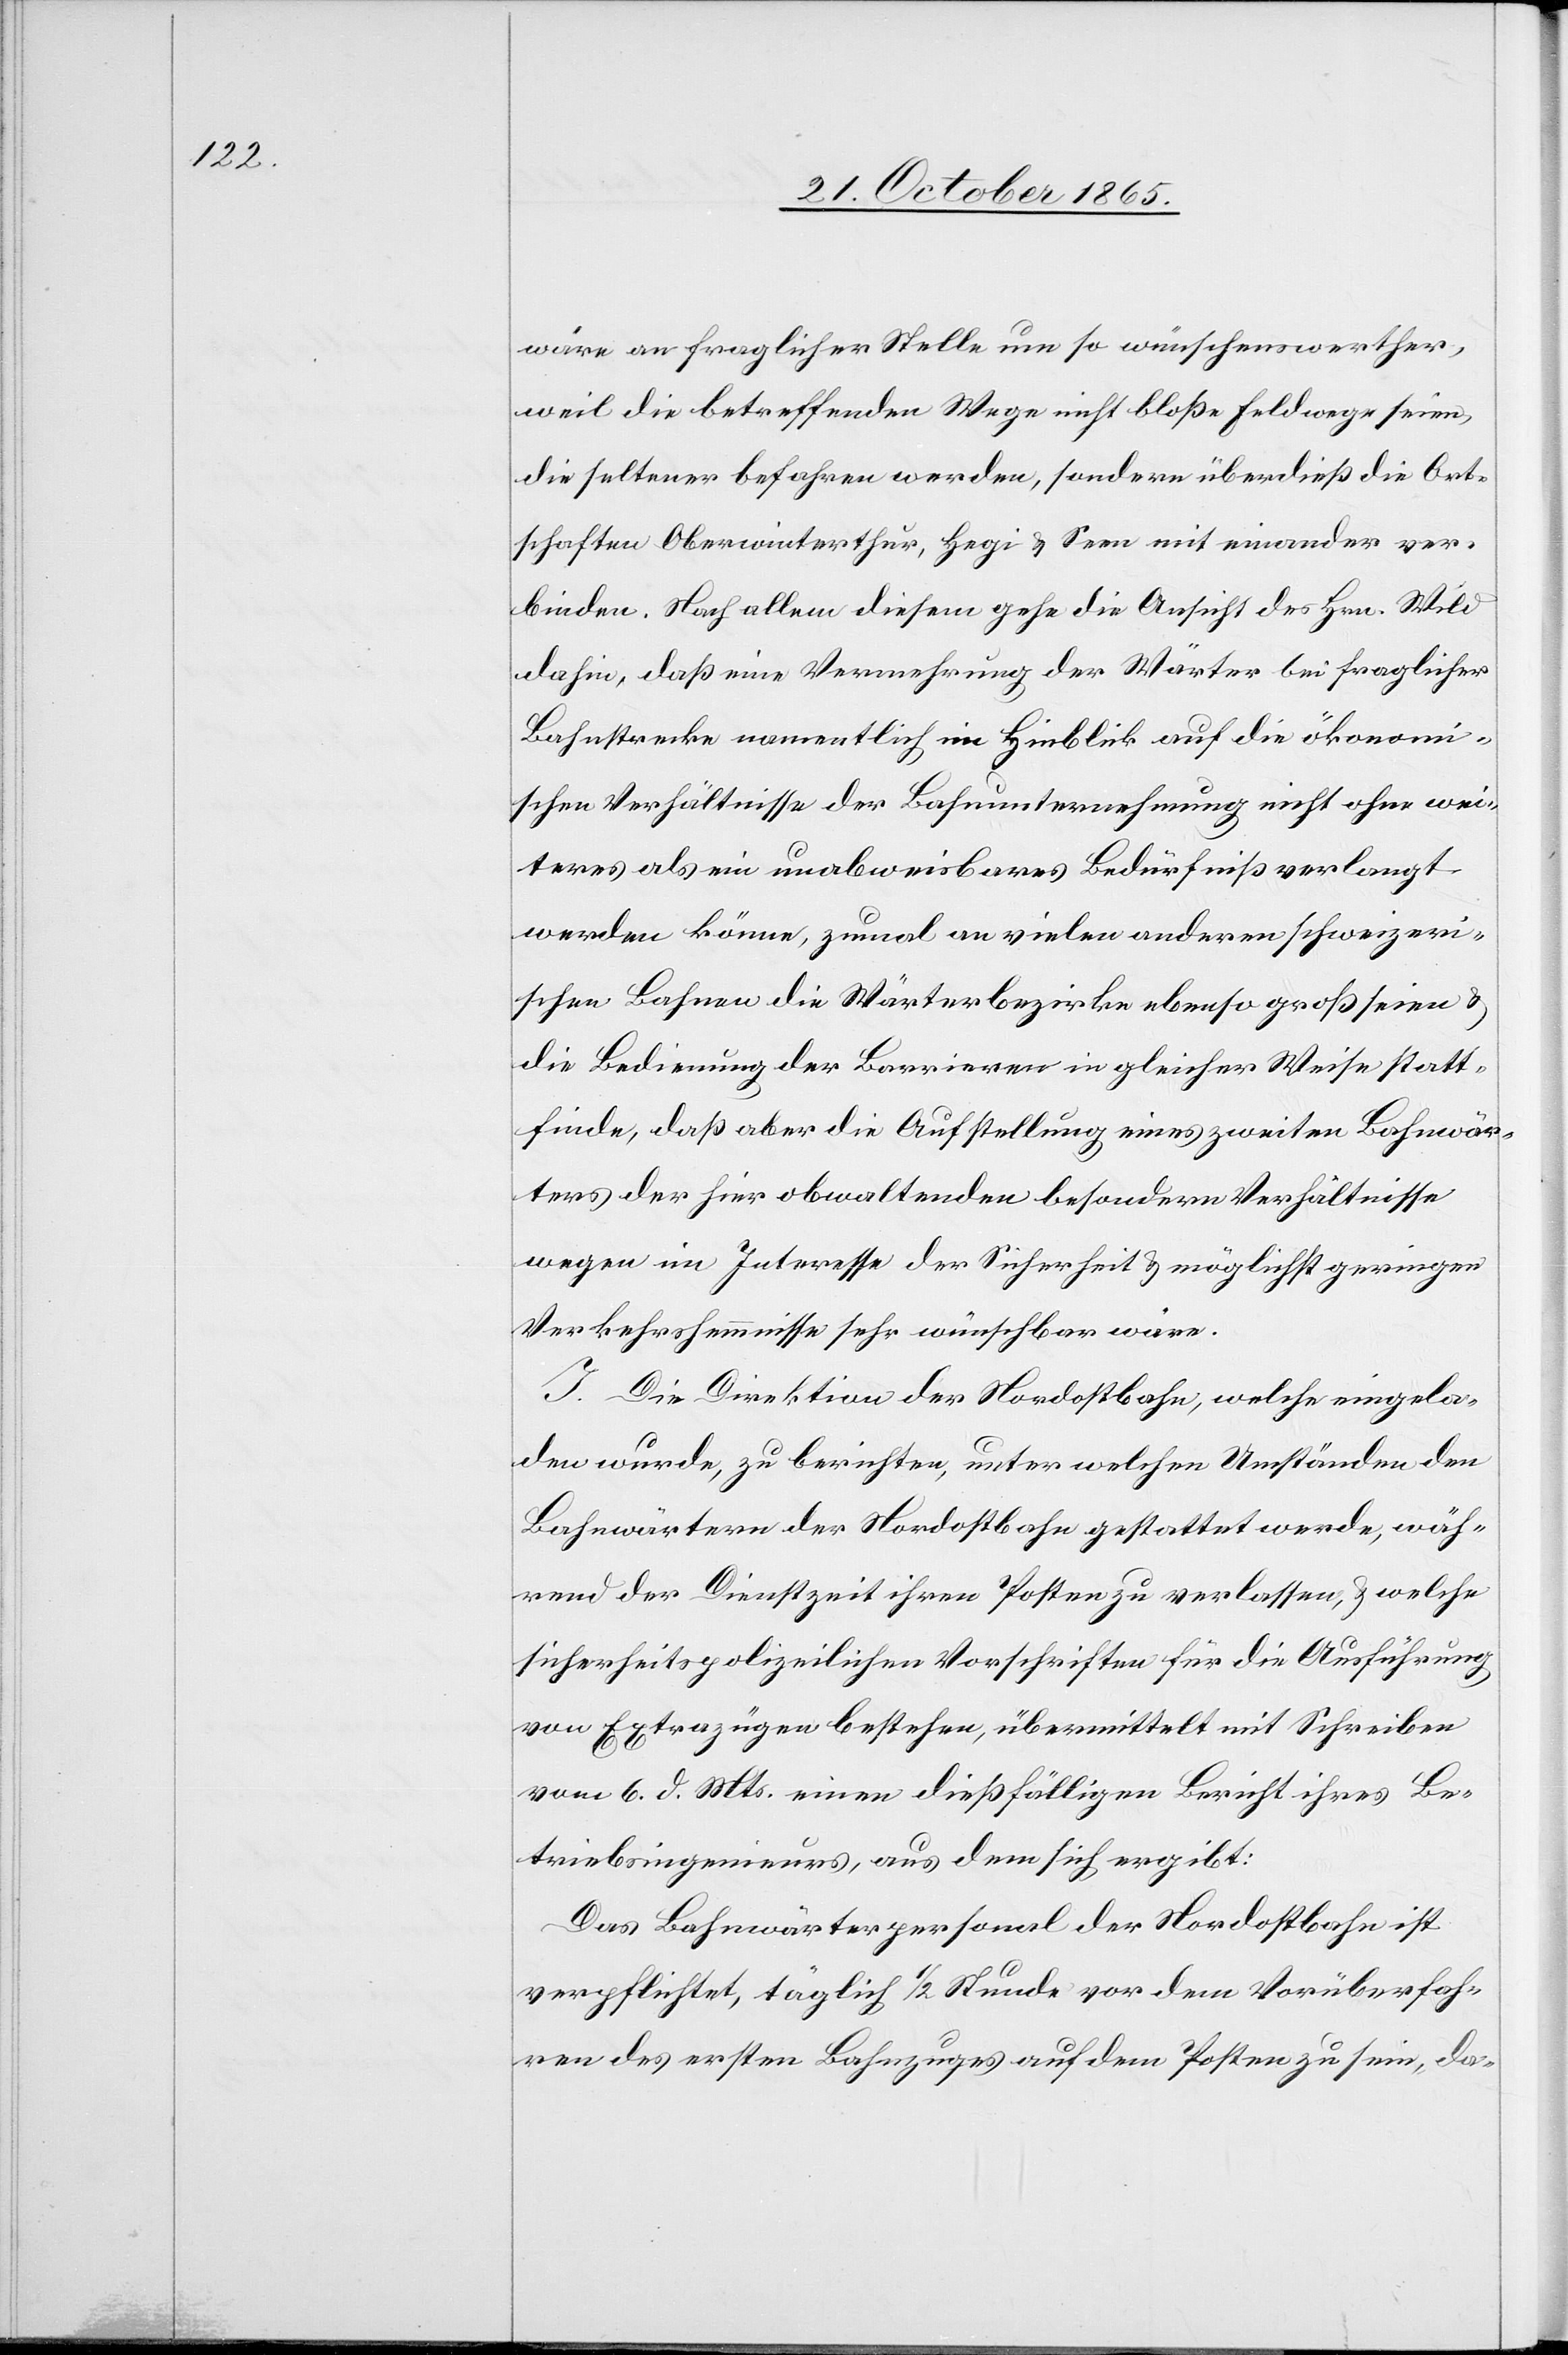
wäre an fraglicher Stelle um so wünschenswerther,
weil die betreffenden Wege nicht bloße Feldwege seien,
die seltener befahren werden, sondern überdieß die Ort¬
schaften Oberwinterthur, Hegi & Seen mit einander ver¬
binden. Nach allem diesem gehe die Ansicht des Hrn. Wild
dahin, daß eine Vermehrung der Wärter bei fraglicher
Bahnstrecke namentlich im Hinblick auf die ökonomi¬
schen Verhältnisse der Bahnunternehmung nicht ohne wei¬
teres als ein unabweisbares Bedürfniß verlangt
werden könne, zumal an vielen anderen schweizeri¬
schen Bahnen die Wärterbezirke ebenso groß seien &
die Bedienung der Barrieren in gleicher Weise statt¬
finde, daß aber die Aufstellung eines zweiten Bahnwär¬
ters der hier obwaltenden besonderen Verhältnisse
wegen im Interesse der Sicherheit & möglichst geringen
Verkehrshemmnisse sehr wünschbar wäre.
I. Die Direktion der Nordostbahn, welche eingela¬
den wurde, zu berichten, unter welchen Umständen den
Bahnwärtern der Nordostbahn gestattet werde, wäh¬
rend der Dienstzeit ihren Posten zu verlassen, & welche
sicherheitspolizeilichen Vorschriften für die Ausführung
von Extrazügen bestehen, übermittelt mit Schreiben
vom 6. d. Mts. einen dießfälligen Bericht ihres Be¬
triebsingenieurs, aus dem sich ergibt:
Das Bahnwärterpersonal der Nordostbahn ist
verpflichtet, täglich 1/2 Stunde vor dem Vorüberfah¬
ren des ersten Bahnzuges auf dem Posten zu sein, da-